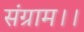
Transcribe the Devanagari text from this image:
संग्राम।।